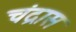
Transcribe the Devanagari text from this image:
चंद्रास